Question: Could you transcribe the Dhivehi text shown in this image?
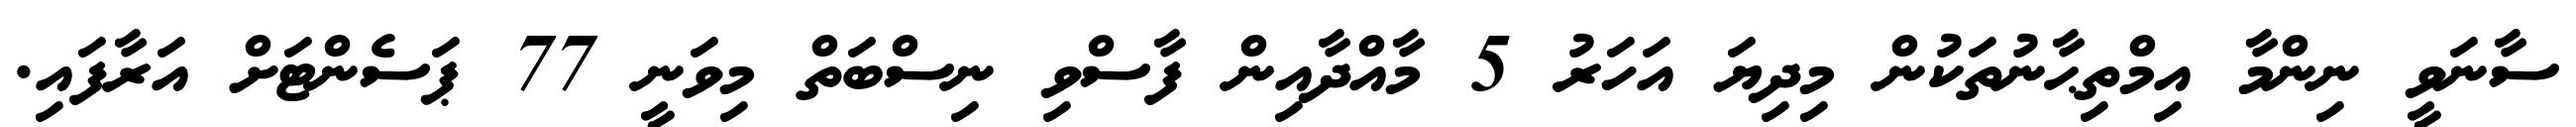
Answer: ސާނަވީ ނިންމާ އިމްތިޙާނުތަކުން މިދިޔަ އަހަރު 5 މާއްދާއިން ފާސްވި ނިސްބަތް މިވަނީ 77 ޕަސެންޓަށް އަރާފައި.